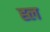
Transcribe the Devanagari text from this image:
ह्ल